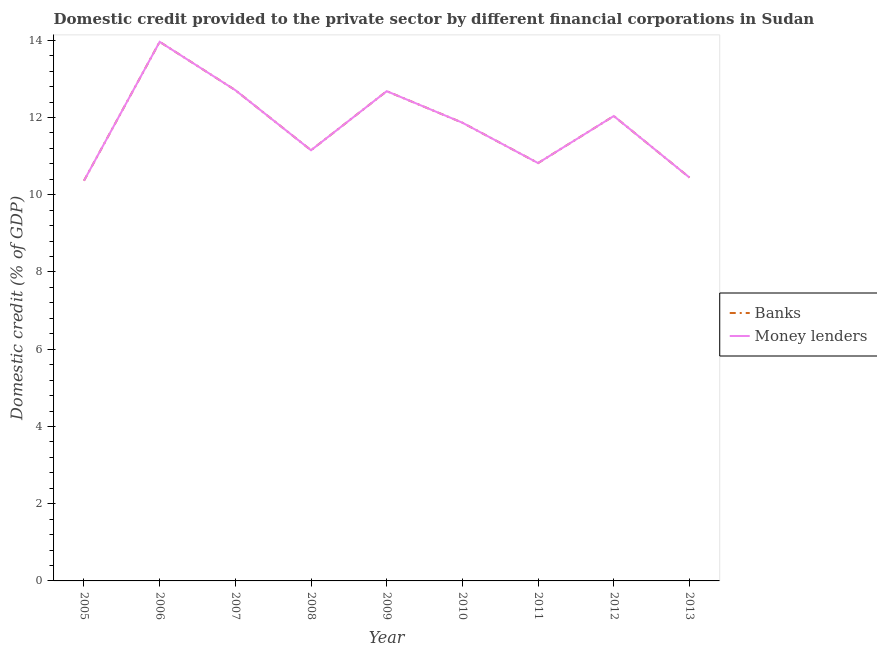
| Year | Banks | Money lenders |
 | --- | --- | --- |
 | 2005 | 10.4 | 10.4 |
 | 2006 | 14 | 14 |
 | 2007 | 12.7 | 12.7 |
 | 2008 | 11.2 | 11.2 |
 | 2009 | 12.7 | 12.7 |
 | 2010 | 11.9 | 11.9 |
 | 2011 | 10.8 | 10.8 |
 | 2012 | 12 | 12 |
 | 2013 | 10.4 | 10.4 |